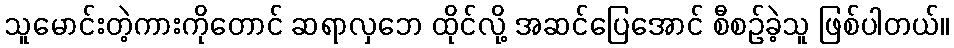
သူမောင်းတဲ့ကားကိုတောင် ဆရာလှဘေ ထိုင်လို့ အဆင်ပြေအောင် စီစဉ်ခဲ့သူ ဖြစ်ပါတယ်။